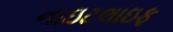
નાઇટલાઇફ